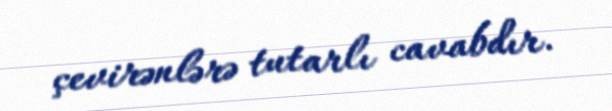
çevirənlərə tutarlı cavabdır.